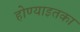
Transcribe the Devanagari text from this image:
होण्याइतका